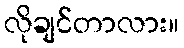
လိုချင်တာလား။